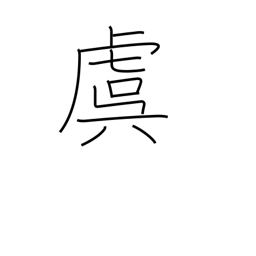
Meaning: concern